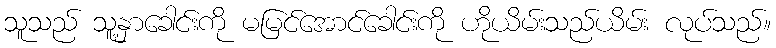
သူသည် သူ့နှာခေါင်းကို မမြင်အောင်ခေါင်းကို ဟိုယိမ်းသည်ယိမ်း လုပ်သည်။